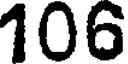
106